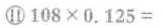
⑪$$1 0 8 \times 0.1 2 5 =$$